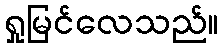
ရှုမြင်လေသည်။